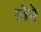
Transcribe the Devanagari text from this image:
लेरे